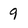
Character: 9